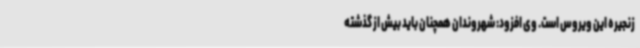
زنجیره این ویروس است. وی افزود: شهروندان همچنان باید بیش از گذشته